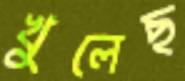
খুলেছ